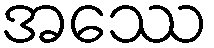
အဿေ